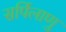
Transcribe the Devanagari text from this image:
सर्पिलाणु